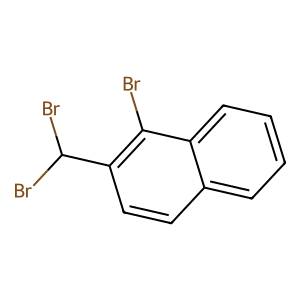
SMILES: Brc1c(C(Br)Br)ccc2ccccc12
Inhibits HIV replication: No